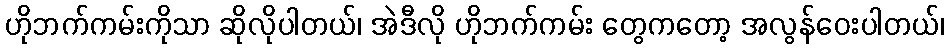
ဟိုဘက်ကမ်းကိုသာ ဆိုလိုပါတယ်၊ အဲဒီလို ဟိုဘက်ကမ်း တွေကတော့ အလွန်ဝေးပါတယ်၊